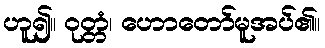
ဟူ၍။ ဝုတ္တံ၊ ဟောတော်မူအပ်၏။